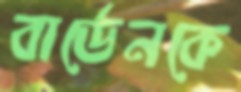
বার্ডেনকে